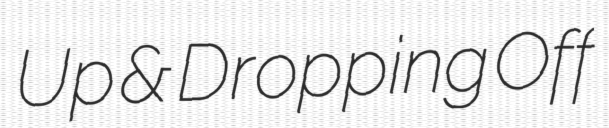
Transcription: Up & Dropping Off